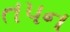
તપન